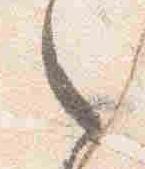
之